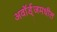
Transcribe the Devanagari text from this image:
अवॉर्ड्‌जमधील